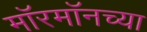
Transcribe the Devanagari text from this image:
मॉरमॉनच्या